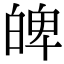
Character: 𤽹